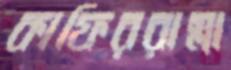
কাফিররাস্লা